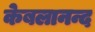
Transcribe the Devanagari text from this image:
केबलानन्द